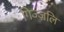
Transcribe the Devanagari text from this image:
गिज्ज़लि